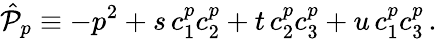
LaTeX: \hat{\cal P}_{p}\equiv-p^{2}+s\, c_{1}^{p}c_{2}^{p}+t\, c_{2}^{p}c_{3}^{p}+u\, c_{1}^{p}c_{3}^{p}\, .